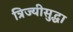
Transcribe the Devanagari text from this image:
त्रिज्यीसुद्धा